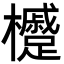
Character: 㰗